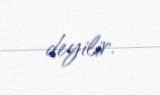
deyilir.